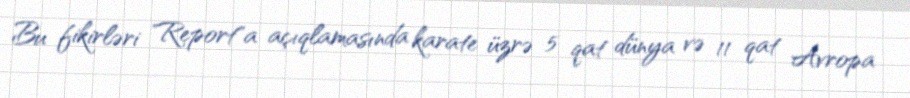
Bu fikirləri "Report"a açıqlamasında karate üzrə 5 qat dünya və 11 qat Avropa